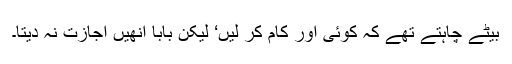
بیٹے چاہتے تھے کہ کوئی اور کام کر لیں‘ لیکن بابا انھیں اجازت نہ دیتا۔